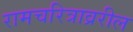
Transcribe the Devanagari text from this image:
रामचरित्राव्ररील